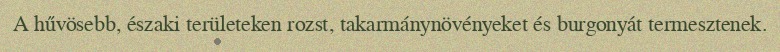
A hűvösebb, északi területeken rozst, takarmánynövényeket és burgonyát termesztenek.